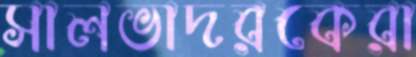
সালভাদরকেরা